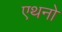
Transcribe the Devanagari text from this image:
एथनो